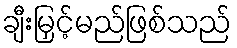
ချီးမြှင့်မည်ဖြစ်သည်